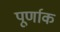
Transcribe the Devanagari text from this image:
पूर्णाक